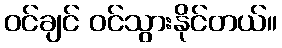
ဝင်ချင် ဝင်သွားနိုင်တယ်။